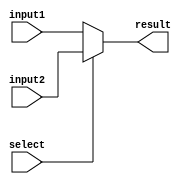
module mux(result,select,input1,input2);
output reg result;
input select,input1,input2;

always @ (select or input1 or input2)
begin
  if(select)
    result<=input2;

  else
    result<=input1;
end
endmodule